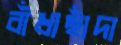
বাঁধাছাঁদা